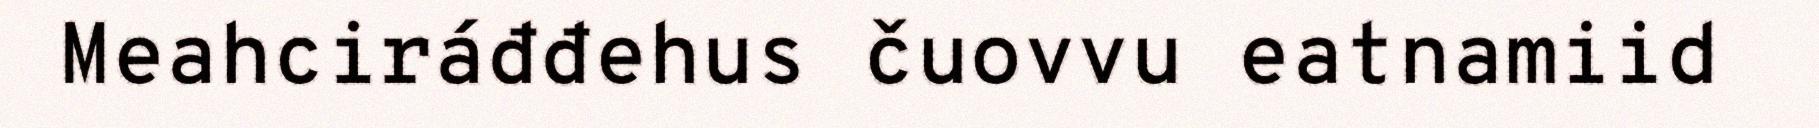
Meahciráđđehus čuovvu eatnamiid